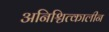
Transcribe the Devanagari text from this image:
अनिश्चित्कालीन